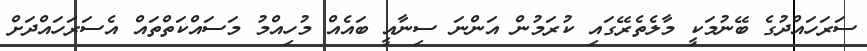
ސަރަހައްދުގެ ބޭނުމަކީ މާލެތެރޭގައި ކުރަމުން އަންނަ ސިނާއީ ބައެއް މުހިއްމު މަސައްކަތްތައް އެސަރަހައްދަށް